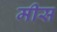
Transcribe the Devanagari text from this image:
मीस